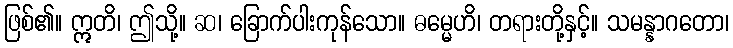
ဖြစ်၏။ ဣတိ၊ ဤသို့။ ဆ၊ ခြောက်ပါးကုန်သော။ ဓမ္မေဟိ၊ တရားတို့နှင့်။ သမန္နာဂတော၊